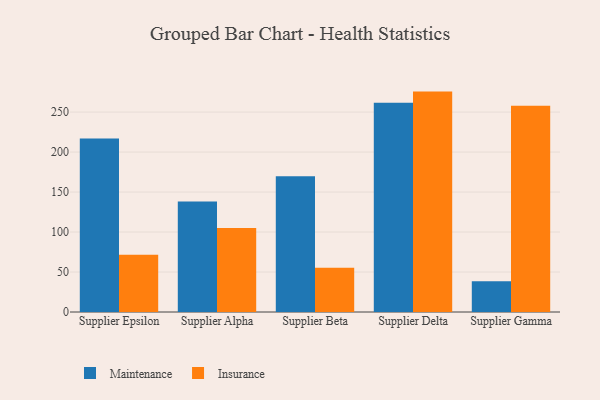
{"axis": {"x": "Supplier", "y": "Demand Index"}, "legend": ["Insurance", "Maintenance"], "data": [{"x": "Supplier Epsilon", "y": 216.9, "type": "Maintenance"}, {"x": "Supplier Epsilon", "y": 71.5, "type": "Insurance"}, {"x": "Supplier Alpha", "y": 138.2, "type": "Maintenance"}, {"x": "Supplier Alpha", "y": 105.1, "type": "Insurance"}, {"x": "Supplier Beta", "y": 169.7, "type": "Maintenance"}, {"x": "Supplier Beta", "y": 55.2, "type": "Insurance"}, {"x": "Supplier Delta", "y": 261.6, "type": "Maintenance"}, {"x": "Supplier Delta", "y": 275.6, "type": "Insurance"}, {"x": "Supplier Gamma", "y": 38.3, "type": "Maintenance"}, {"x": "Supplier Gamma", "y": 258.0, "type": "Insurance"}]}